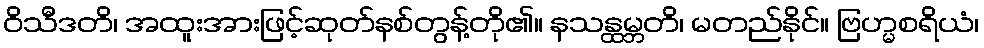
ဝိသီဒတိ၊ အထူးအားဖြင့်ဆုတ်နစ်တွန့်တို၏။ နသန္ထမ္ဘတိ၊ မတည်နိုင်။ ဗြဟ္မစရိယံ၊